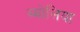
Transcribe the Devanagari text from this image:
ब्म्रोलिया